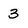
Character: 3